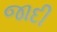
જાદી